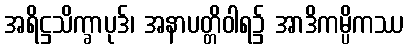
အရိဋ္ဌသိက္ခာပုဒ်၊ အနာပတ္တိဝါရ၌ အာဒိကမ္ပိကဿ